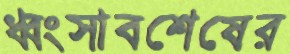
ধ্বংসাবশেষের